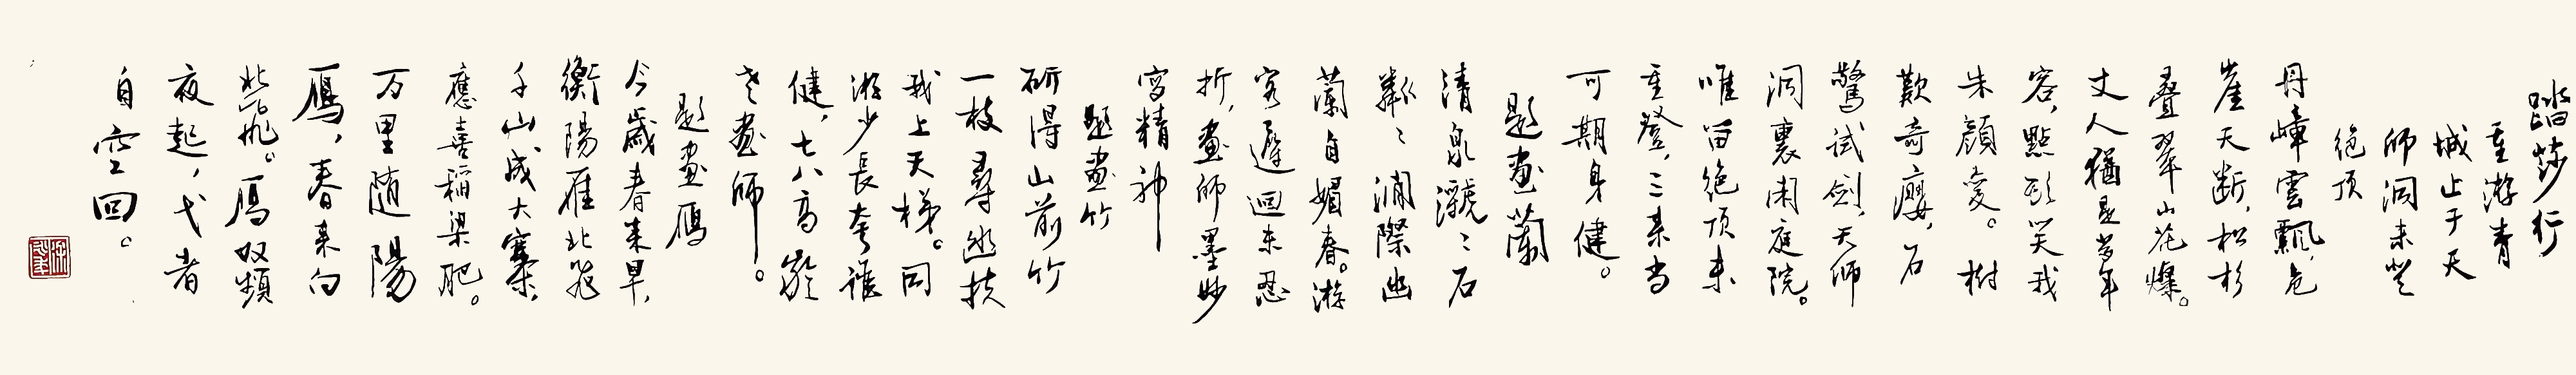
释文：重游青城止于天师洞未登绝顶。丹嶂云飘，危崖天断。松杉叠翠山花灿，丈人犹是昔年容，点头笑我朱颜变。树欢奇廮，石惊试剑，天师洞里闲庭院。唯留绝顶来重登，三来当可期身健。题画兰：清泉㶁㶁石粼粼，涧际幽兰自媚春。游客迂回未忍折，画师墨妙写精神。题画竹：斫得山前竹一枝，寻幽扶我上天梯。同游少长夸谁健，七八高龄老画师。题画鹰：今岁春来早，衡阳雁北飞，千山成大寨，应喜稻梁肥。万里随阳鹰，春来向北飞。鹰奴频夜起，戈者自空回。徐无闻